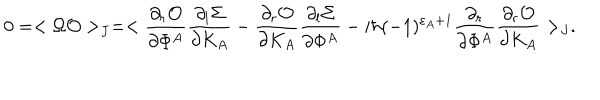
LaTeX: 0 = < \Omega { \cal O } > _ { J } = < { \frac { \partial _ { r } { \cal O } } { \partial \Phi ^ { A } } } { \frac { \partial _ { l } \Sigma } { \partial K _ { A } } } - { \frac { \partial _ { r } { \cal O } } { \partial K _ { A } } } { \frac { \partial _ { l } \Sigma } { \partial \Phi ^ { A } } } - i \hbar ( - 1 ) ^ { \varepsilon _ { A } + 1 } { \frac { \partial _ { r } } { \partial \Phi ^ { A } } } { \frac { \partial _ { r } { \cal O } } { \partial K _ { A } } } > _ { J } .